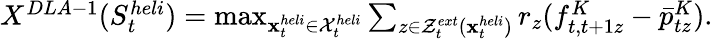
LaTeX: \begin{array}{r}{X^{DLA-1}(S_{t}^{heli})=\operatorname*{max}_{{\mathbf{x}}_{t}^{heli}\in{\cal X}_{t}^{heli}}\sum_{z\in{\cal Z}_{t}^{ext}({\mathbf{x}}_{t}^{heli})}r_{z}(f_{t,t+1z}^{K}-\bar{p}_{tz}^{K}).}\end{array}